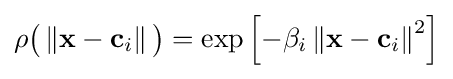
\rho {\big (}\left\Vert \mathbf {x} -\mathbf {c} _{i}\right\Vert {\big )}=\exp \left[-\beta _{i}\left\Vert \mathbf {x} -\mathbf {c} _{i}\right\Vert ^{2}\right]